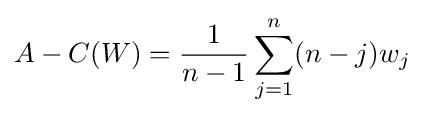
A-C(W)={\frac {1}{n-1}}\sum _{j=1}^{n}(n-j)w_{j}